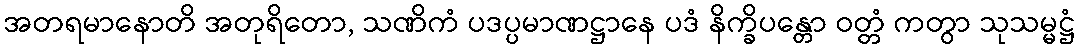
အတရမာနောတိ အတုရိတော, သဏိကံ ပဒပ္ပမာဏဋ္ဌာနေ ပဒံ နိက္ခိပန္တော ဝတ္တံ ကတွာ သုသမ္မဋ္ဌံ